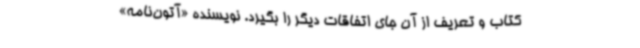
کتاب و تعریف از آن جای اتفاقات دیگر را بگیرد. نویسنده «آتون‌نامه»